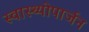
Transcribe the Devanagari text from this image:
स्वास्थ्योपार्जन